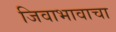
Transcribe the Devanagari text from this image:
जिवाभावाचा